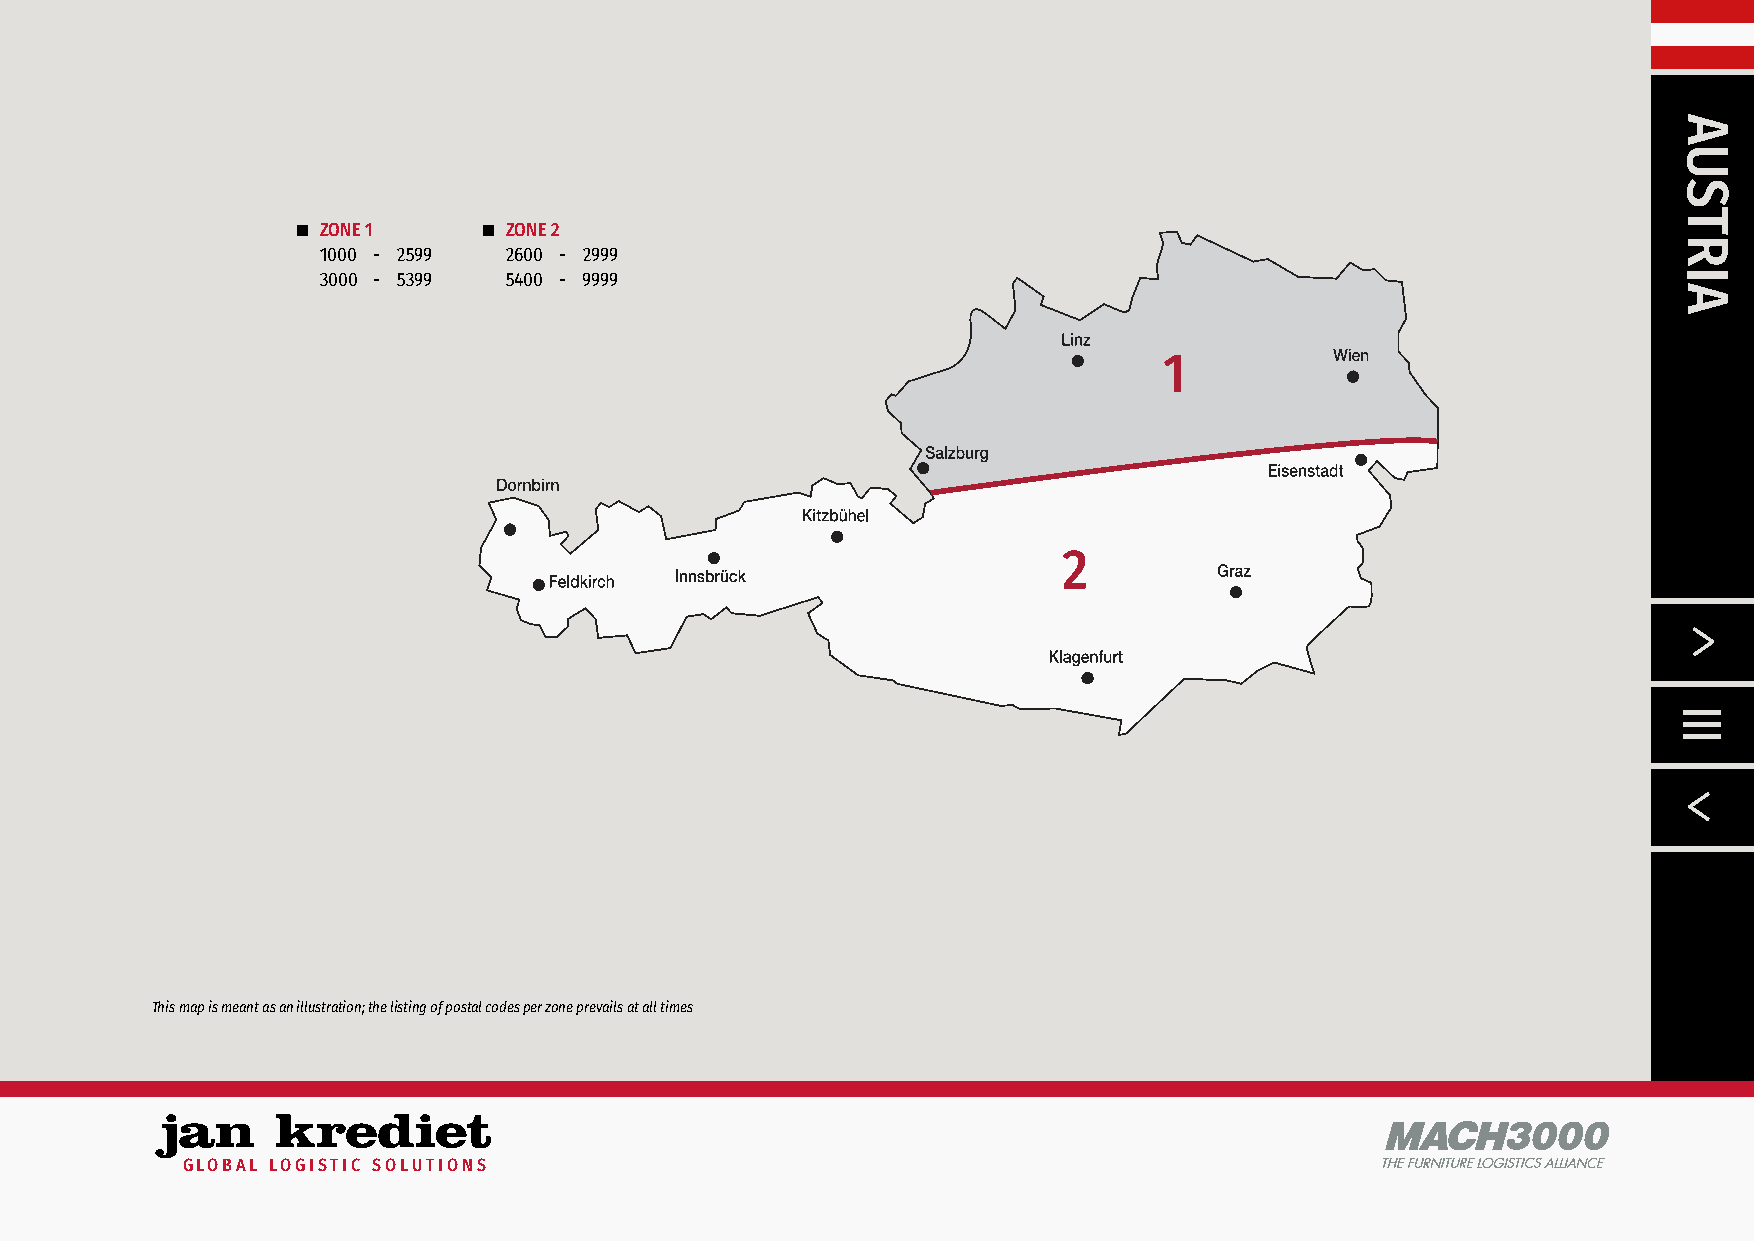
n ZONE 1    n ZONE 2
 1000 - 2599 2600 - 2999
 3000 - 5399 5400 - 9999
 1
 2
 This map is meant as an illustration; the listing of postal codes per zone prevails at all times
 MACH3000
 GLOBAL LOGISTIC SOLUTIONS                                                       THE FURNITUREL OGISTIACSl l/ANCE
 AUSTRIA